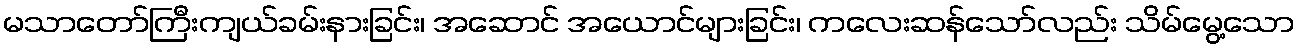
မသာတော်ကြီးကျယ်ခမ်းနားခြင်း၊ အဆောင် အယောင်များခြင်း၊ ကလေးဆန်သော်လည်း သိမ်မွေ့သော